Report on the Nagpur School of Medicine, Central Provinces
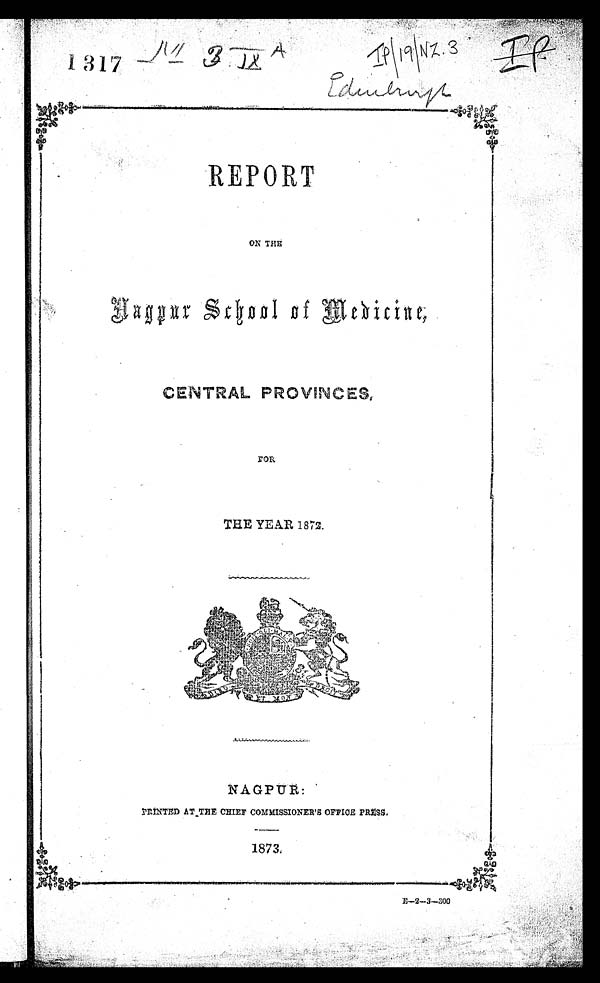
REPORT
ON THE
Nagpur School of Medicine,
CENTRAL PROVINCES,
FOR
THE YEAR 1872.
NAGPUR:
PRINTED AT THE CHIEF COMMISSIONER'S OFFICE PRESS
1873.
E—2—3—300